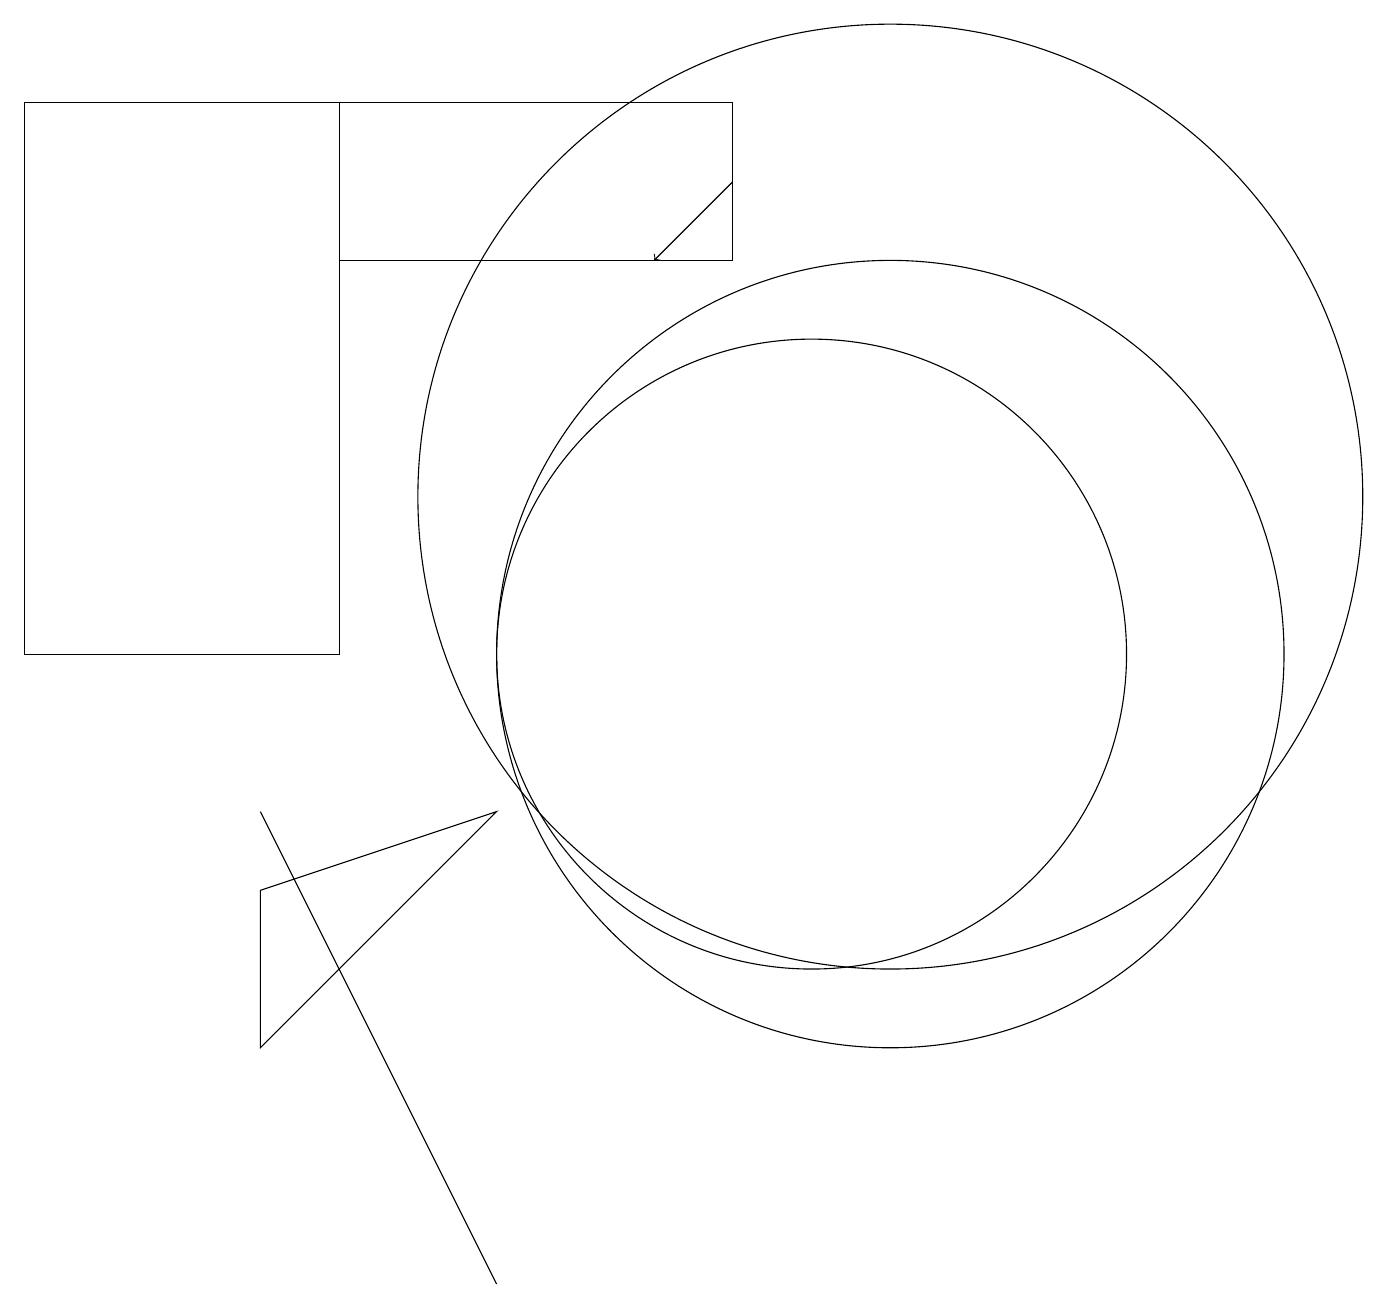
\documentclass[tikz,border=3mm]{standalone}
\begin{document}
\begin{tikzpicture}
\draw (10,10) circle (4);
\draw (9,17) rectangle (4,15);
\draw (11,10) circle (5);
\draw (6,8) -- (3,5) -- (3,7) -- cycle;
\draw (6,2) -- (3,8) -- (5,4) -- cycle;
\draw[->] (9,16) -- (8,15);
\draw (4,17) rectangle (0,10);
\draw (11,12) circle (6);
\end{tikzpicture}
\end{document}